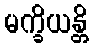
မက္ခိယန္တိ